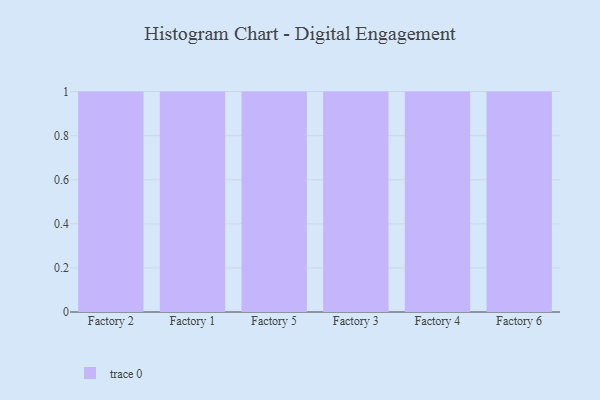
{"axis": {"x": "Factory", "y": "Operating Costs (USD K)"}, "legend": [""], "data": [{"x": "Factory 2", "y": 14, "type": ""}, {"x": "Factory 1", "y": 54, "type": ""}, {"x": "Factory 5", "y": 20, "type": ""}, {"x": "Factory 3", "y": 57, "type": ""}, {"x": "Factory 4", "y": 46, "type": ""}, {"x": "Factory 6", "y": 64, "type": ""}]}